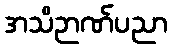
အသိဉာဏ်ပညာ